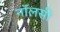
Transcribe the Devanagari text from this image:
नॉलसी